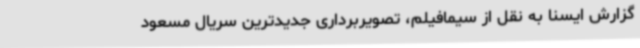
گزارش ایسنا به نقل از سیمافیلم، تصویربرداری جدیدترین سریال مسعود